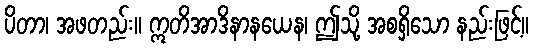
ပိတာ၊ အဖတည်း။ ဣတိအာဒိနာနယေန၊ ဤသို့ အစရှိသော နည်းဖြင့်။